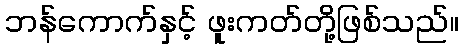
ဘန်ကောက်နှင့် ဖူးကတ်တို့ဖြစ်သည်။